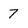
Character: 7